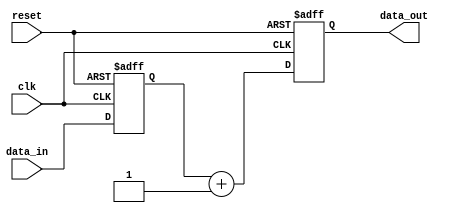
module negative_edge_triggered (
    input wire clk,          // Clock signal
    input wire reset,        // Asynchronous reset signal
    input wire [3:0] data_in, // Input data
    output reg [3:0] data_out // Output data
);

    // Internal state register
    reg [3:0] state;

    // Initial state
    initial begin
        state = 4'b0000; // Initialize state to 0
        data_out = 4'b0000; // Initialize output to 0
    end

    // Always block sensitive to the negative edge of clk
    always @(negedge clk or posedge reset) begin
        if (reset) begin
            // Reset condition: set state and output to initial values
            state <= 4'b0000;
            data_out <= 4'b0000;
        end else begin
            // State transition based on input data
            state <= data_in;

            // Output logic based on the current state
            data_out <= state + 1; // Example output logic: increment state
        end
    end

endmodule